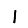
Digit: 1